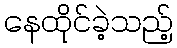
နေထိုင်ခဲ့သည့်